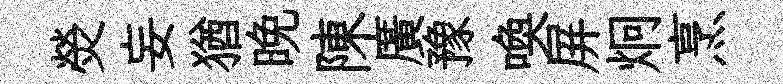
熒妄猶晚陳廣豫喚屏炯烹